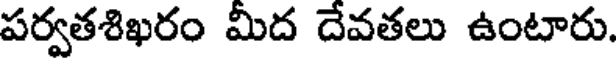
పర్వతశిఖరం మీద దేవతలు ఉంటారు.